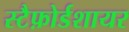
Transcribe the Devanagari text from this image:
स्टैफ़ोर्डशायर